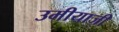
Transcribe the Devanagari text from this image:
उमीयाजी